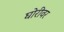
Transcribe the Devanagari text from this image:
घोरीवर